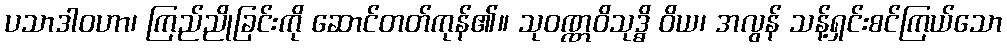
ပသာဒါဝဟာ၊ ကြည်ညိုခြင်းကို ဆောင်တတ်ကုန်၏။ သုဝဏ္ဏဝိသုဒ္ဓိ ဝိယ၊ အလွန် သန့်ရှင်းစင်ကြယ်သော